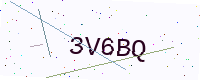
Text: 3V6BQ